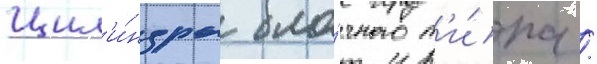
Цил'и́ндры бло́чного т'и́па /